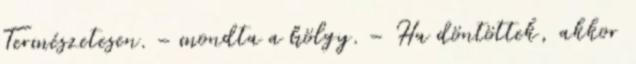
Természetesen. – mondta a hölgy. – Ha döntöttek, akkor